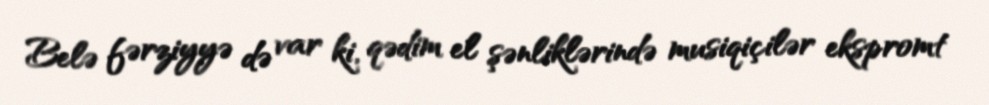
Belə fərziyyə də var ki, qədim el şənliklərində musiqiçilər ekspromt